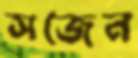
সজেন